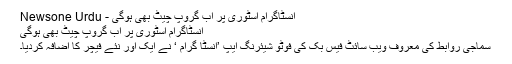
انسٹاگرام اسٹوری پر اب گروپ چیٹ بھی ہوگی - Newsone Urdu
انسٹاگرام اسٹوری پر اب گروپ چیٹ بھی ہوگی
سماجی روابط کی معروف ویب سائٹ فیس بک کی فوٹو شیئرنگ ایپ ’انسٹا گرام ‘ نے ایک اور نئے فیچر کا اضافہ کردیا۔